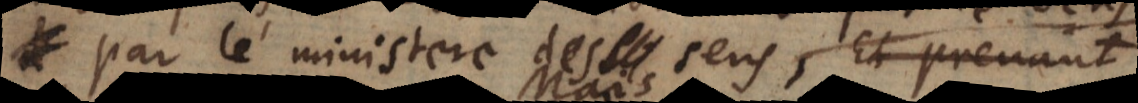
par le ministere des sens, parce